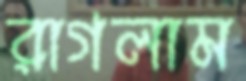
রাগলাম